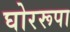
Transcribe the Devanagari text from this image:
घोररूपा